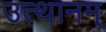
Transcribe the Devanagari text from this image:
उत्थानम्